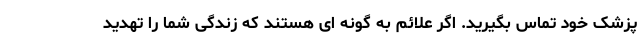
پزشک خود تماس بگیرید. اگر علائم به گونه ای هستند که زندگی شما را تهدید